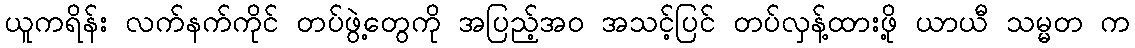
ယူကရိန်း လက်နက်ကိုင် တပ်ဖွဲ့တွေကို အပြည့်အဝ အသင့်ပြင် တပ်လှန့်ထားဖို့ ယာယီ သမ္မတ က